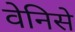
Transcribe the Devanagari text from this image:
वेनिसे